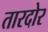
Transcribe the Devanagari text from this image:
तारदोर